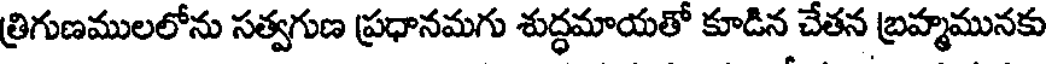
త్రిగుణములలోను సత్వగుణ ప్రధానమగు శుద్ధమాయతో కూడిన చేతన బ్రహ్మమునకు